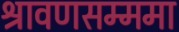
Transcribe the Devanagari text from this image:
श्रावणसम्ममा